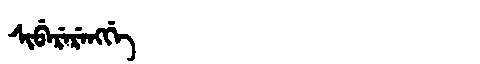
Manchu: ᠰᡳᠪᡝᡵᡝᡵᡝᠩᡤᡝ
Romanization: SIBERERENGGE